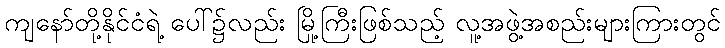
ကျနော်တို့နိုင်ငံရဲ့ ပေါ်၌လည်း မြို့ကြီးဖြစ်သည့် လူ့အဖွဲ့အစည်းများကြားတွင်